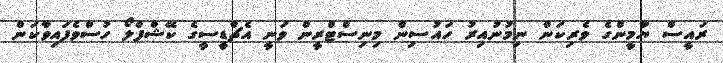
ރައީސް ޔާމީންގެ ވެރިކަން ނިމުނުއިރު ހައުސިން މިނިސްޓްރީން ވަނީ އެޗްޑީސީގެ ކޭޝްފްލޯ ހުސްވެފައިވާކަން